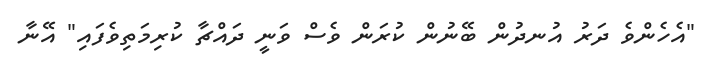
"އެހެންވެ ދަރު އުނދުން ބޭނުން ކުރަން ވެސް ވަނީ ދައްޗާ ކުރިމަތިވެފައި" އޭނާ